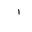
Letter: _alif